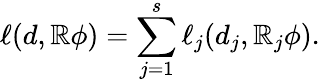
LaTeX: \ell(d,\mathbb{R}\phi)=\sum_{j=1}^{s}\ell_{j}(d_{j},\mathbb{R}_{j}\phi).